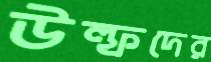
উল্ফদের